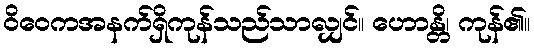
ဝိဝေကအနက်ရှိကုန်သည်သာလျှင်။ ဟောန္တိ၊ ကုန်၏။